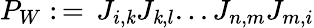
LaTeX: P_{W}:\, =\, J_{i,\mathit{k}}J_{\mathit{k},l}...J_{n,m}J_{m,i}